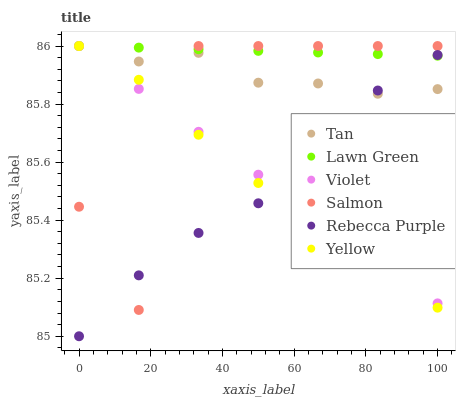
| xaxis_label | Tan | Lawn Green | Violet | Salmon | Rebecca Purple | Yellow |
 | --- | --- | --- | --- | --- | --- | --- |
 | 0 | 86 | 86 | 86 | 85.4 | 85 | 86 |
 | 16.7 | 85.9 | 86 | 85.9 | 85.1 | 85.2 | 85.9 |
 | 33.3 | 86 | 86 | 85.7 | 86 | 85.4 | 85.7 |
 | 50 | 85.9 | 86 | 85.6 | 86 | 85.5 | 85.5 |
 | 66.7 | 85.9 | 86 | 85.4 | 86 | 85.6 | 85.5 |
 | 83.3 | 85.8 | 86 | 85.3 | 86 | 85.8 | 85.3 |
 | 100 | 85.9 | 86 | 85.1 | 86 | 86 | 85.1 |